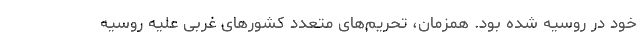
خود در روسیه شده بود. همزمان، تحریم‌های متعدد کشورهای غربی علیه روسیه